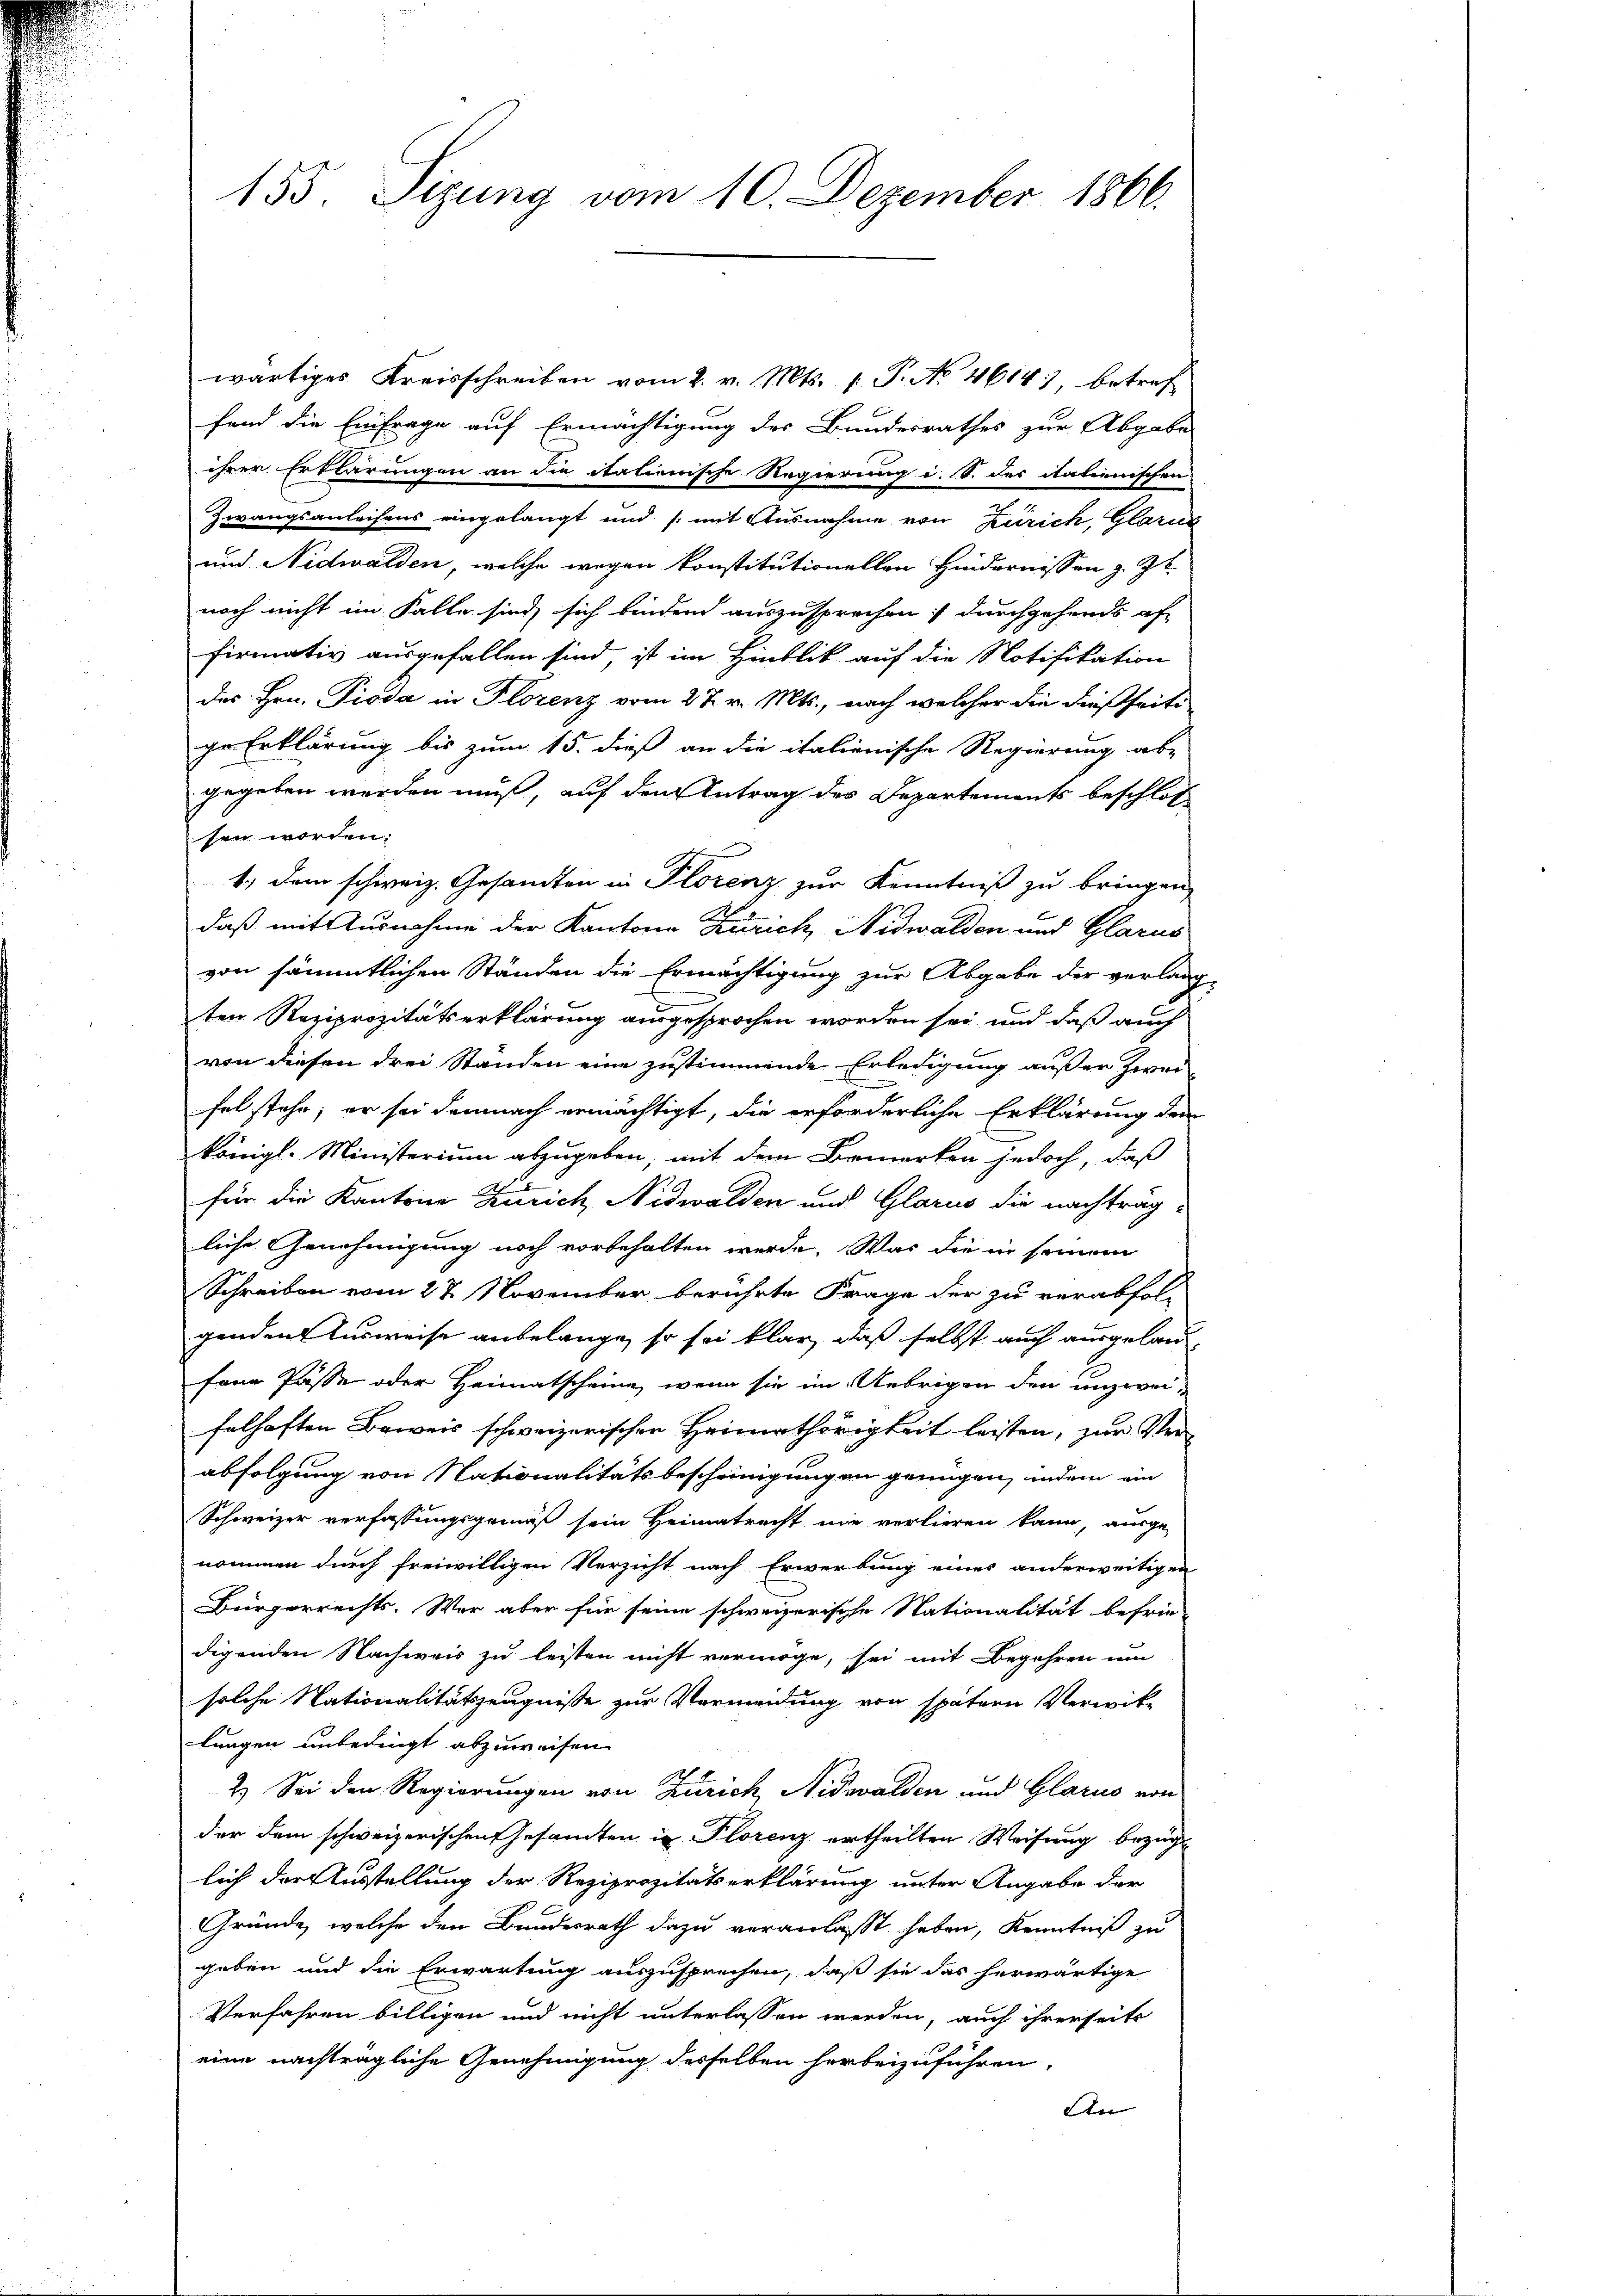
155. Sizung vom 10. Dezember 1866.

wärtiges Kreisschreiben vom 2. v. Mts. 1 P. No 4614), betref
fend die Einfrage auf Ermächtigung des Bundesrathes zur Abgabe
ihrer Erklärungen an die itationische Regierung i. S. des italienischen
Zwangsanleisens eingelangt und (mit Ausnahme von Zürich, Glarus
und Nidwalden, welche wegen konstitutionellen Hindernissen z. Zt.
noch nicht im Falle sind, sich bindend auszusprechen; durchgehends of
firmativ ausgefallen sind, ist im Hinblik auf die Notifikation
des Hrn. Pioda in Florenz vom 27. v. Mts., nach welcher die dießseits
ge Erklärung bis zum 15. dieß an die italienische Regierung ab-
gegeben werden muß, auf den Antrag der Departements beschloß
sen worden.
1. dem schweiz. Gesandten in Florenz zur Kenntniß zu bringen,
daß mit Ausnahme der Kantone Zürich, Nidwalden und Glarus
von sämmtlichen Ständen die Ermächtigung zur Abgabe der verlang-
ten Reziprozitätserklärung ausgesprochen worden sei und daß auch
von diesen drei Standen eine zustimmende Erledigung außer zwei-
fel stehe; er sei demnach ermächtigt, die erforderliche Erklärung der
königl. Ministerium abzugeben, mit dem Bemerken jedoch, daß
für die Kantone Zürich Nidwalden und Glarus die nachträgliche Genehmigung noch vorbehalten werde. War die in seinem
Schreiben vom 27 November berührte Frage der zu verabfol-
genden Ausweise anbelange, so sei klar, daß selbst auch ausgelaufein Pässe oder Heimatscheine, wenn sie im Uebrigen den unzwei-
felhaften Beweis schweizerischen Heimathörigkeit leisten, zur Verabfolgung von Nationalitätsbescheinigung an genügen, indem ein
Schweizer verfassungsgrings sein Heimatrecht nie verlieren kann, ausge-
nommen durch freiwilligen Verzicht nach Erwerbung eines anderweitigen
Bürgerrechts. Wer aber für seine schweizerische Stationalität befrie-
digenden Nachweis zu leisten nicht vermöge, sei mit Begehren um
solche Nationalitätszeugnisse zur Vermeidung von spätern Verwitlungen unbedingt abzuweisen.
2.) Sei den Regierungen von Zürich Nidwalden und Glarus von
der dem schweizerischen Gesamten in Florenz ertheilten Weisung bezügl
lich der Ausstellung der Reziprozitätserklärung unter Angabe der
Gründe, welche den Bundesrath dazu veranlasst haben, Kenntniß zu
geben und die Erwartung auszusprechen, daß sie das herwärtige
Verfahren billigen und nicht unterlassen werden, auch ihrerseits
eine nachträgliche Genehmigung desselben herbeizuführen,
An